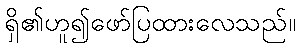
ရှိ၏ဟူ၍ဖော်ပြထားလေသည်။